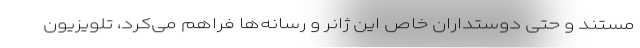
مستند و حتی دوستداران خاص این ژانر و رسانه‌ها فراهم می‌کرد، تلویزیون